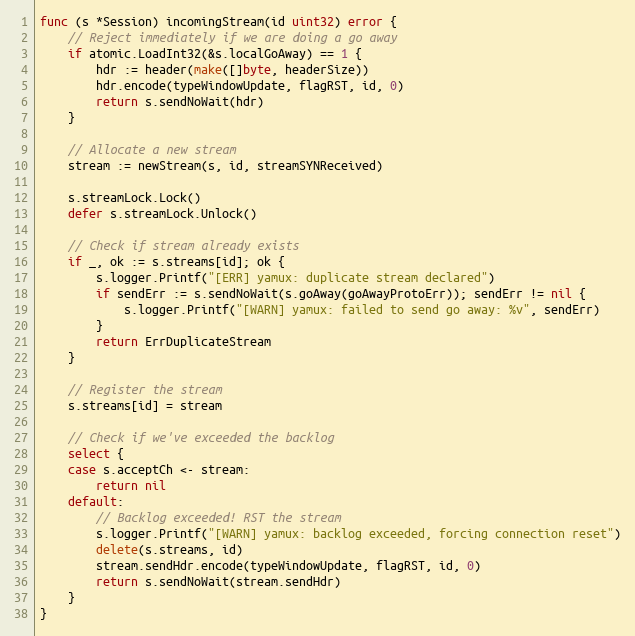
Language: Go
func (s *Session) incomingStream(id uint32) error {
	// Reject immediately if we are doing a go away
	if atomic.LoadInt32(&s.localGoAway) == 1 {
		hdr := header(make([]byte, headerSize))
		hdr.encode(typeWindowUpdate, flagRST, id, 0)
		return s.sendNoWait(hdr)
	}

	// Allocate a new stream
	stream := newStream(s, id, streamSYNReceived)

	s.streamLock.Lock()
	defer s.streamLock.Unlock()

	// Check if stream already exists
	if _, ok := s.streams[id]; ok {
		s.logger.Printf("[ERR] yamux: duplicate stream declared")
		if sendErr := s.sendNoWait(s.goAway(goAwayProtoErr)); sendErr != nil {
			s.logger.Printf("[WARN] yamux: failed to send go away: %v", sendErr)
		}
		return ErrDuplicateStream
	}

	// Register the stream
	s.streams[id] = stream

	// Check if we've exceeded the backlog
	select {
	case s.acceptCh <- stream:
		return nil
	default:
		// Backlog exceeded! RST the stream
		s.logger.Printf("[WARN] yamux: backlog exceeded, forcing connection reset")
		delete(s.streams, id)
		stream.sendHdr.encode(typeWindowUpdate, flagRST, id, 0)
		return s.sendNoWait(stream.sendHdr)
	}
}